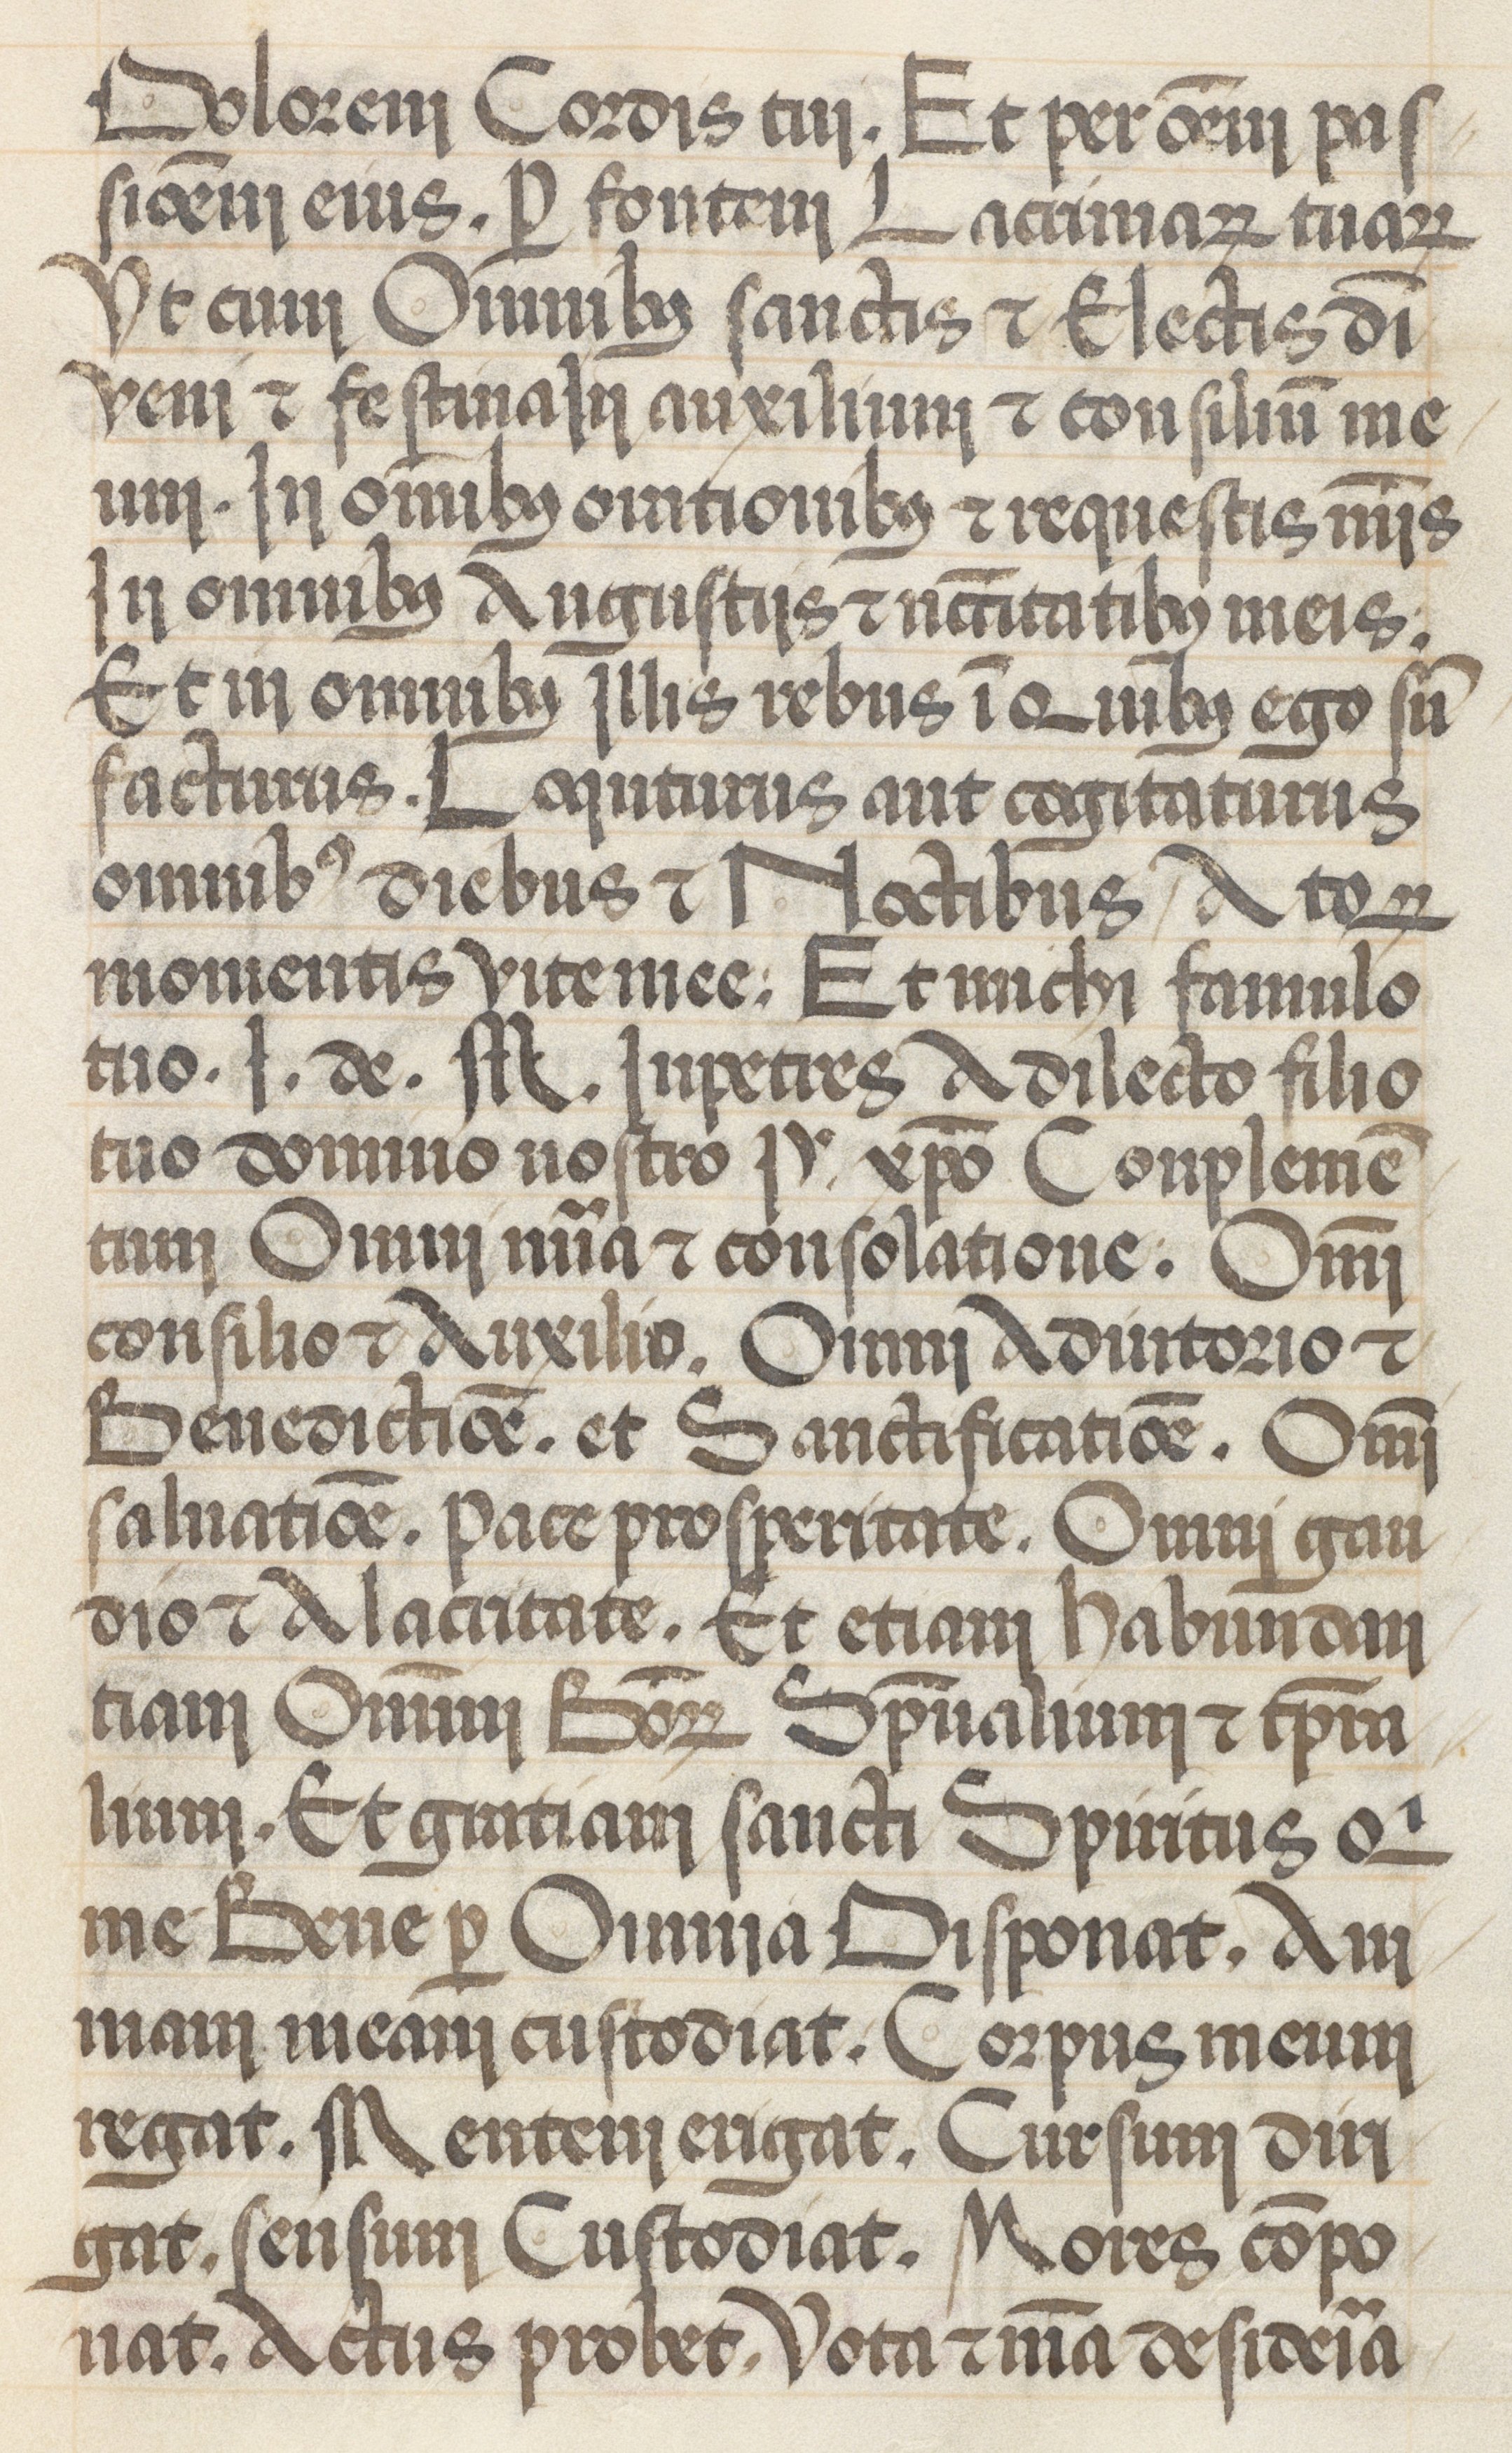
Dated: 1485–1515